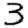
Digit: 3